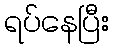
ရပ်နေပြီး